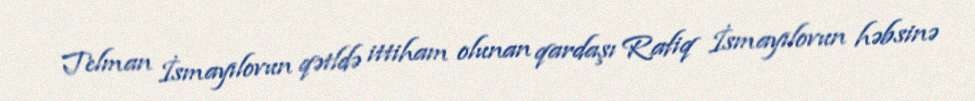
Telman İsmayılovun qətldə ittiham olunan qardaşı Rafiq İsmayılovun həbsinə